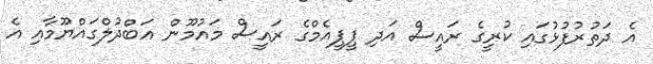
އެ ދަތުރުފުޅުގައި ކުރީގެ ރައީސް އަދި ޕީޕީއެމްގެ ރައީސް މައުމޫން އަބްދުލްގައްޔޫމާއި އެ